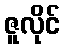
ဇူလိုင်